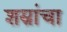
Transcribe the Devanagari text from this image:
शस्रांचा